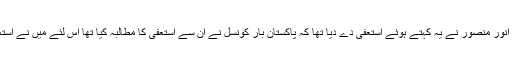
اس موقع پر انور منصور نے یہ کہتے ہوئے استعفیٰ دے دیا تھا کہ پاکستان بار کونسل نے ان سے استعفیٰ کا مطالبہ کیا تھا اس لئے میں نے استعفیٰ دے دیا۔